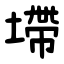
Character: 墆